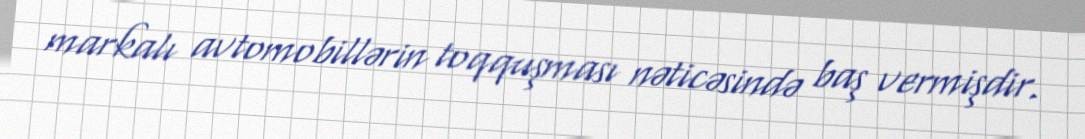
markalı avtomobillərin toqquşması nəticəsində baş vermişdir.